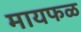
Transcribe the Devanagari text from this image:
मायफळ